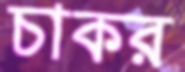
চাকর